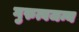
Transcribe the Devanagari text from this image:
गुरुत्वजन्य